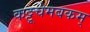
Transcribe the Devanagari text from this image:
कट्टूचेमबकम्